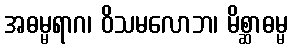
အဓမ္မရာဂ၊ ဝိသမလောဘ၊ မိစ္ဆာဓမ္မ